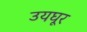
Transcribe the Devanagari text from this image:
उयघूर